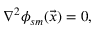
\begin{array} { r } { \nabla ^ { 2 } \phi _ { s m } ( \vec { x } ) = 0 , } \end{array}